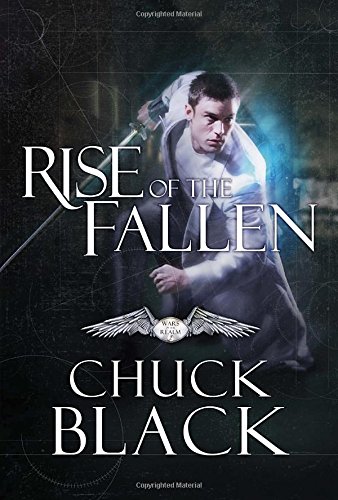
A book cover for Rise of the Fallen: Wars of the Realm, Book 2; Chuck Black; Teen & Young Adult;